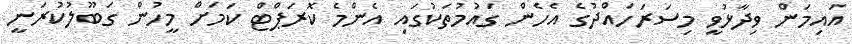
އައިމަން ވިދާޅުވީ މިސަރަހައްދުގެ އެހެން ގައުމުތަކުގައި އެންމެ ކޮރަޕްޓް ކަމަށް މީހުން ގަބޫލުކުރަނީ